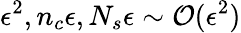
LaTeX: \epsilon^{2},n_{c}\epsilon,N_{s}\epsilon\sim\mathcal{O}(\epsilon^{2})